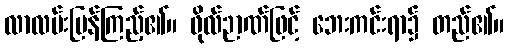
လာလမ်းပြန်ကြည့်၏။ ဖိုလ်ဉာဏ်ဖြင့် ဘေးကင်းရာ၌ တည်၏။